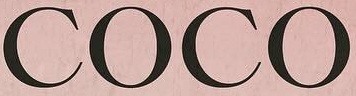
COCO